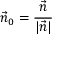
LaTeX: { \vec { n } } _ { 0 } = { \frac { \vec { n } } { | { \vec { n } } | } }